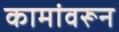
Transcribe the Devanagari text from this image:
कामांवरून